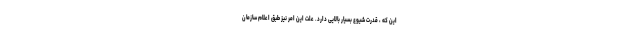
این که ، قدرت شیوع بسیار بالایی دارد. علت این امر نیز طبق اعلام سازمان